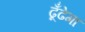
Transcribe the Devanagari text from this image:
ढूँढेगा